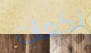
لكمات